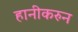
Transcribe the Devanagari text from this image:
हानीकरुन